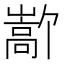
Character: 𫶜